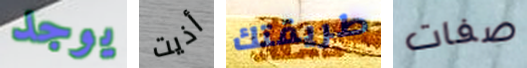
يوجد أذيت طريقتك صفات